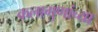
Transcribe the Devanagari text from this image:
कलागुणांच्या